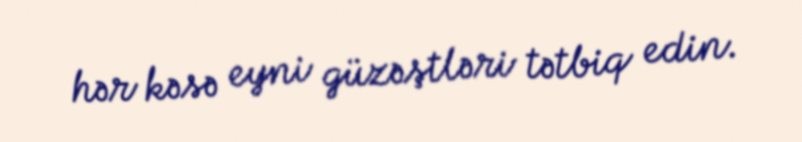
hər kəsə eyni güzəştləri tətbiq edin.